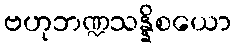
ဗဟုဘဏ္ဍသန္နိစယော